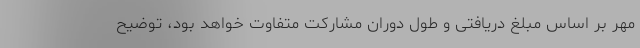
مهر بر اساس مبلغ دریافتی و طول دوران مشارکت متفاوت خواهد بود، توضیح